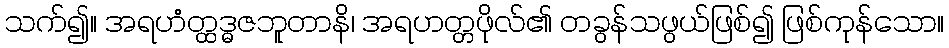
သက်၍။ အရဟံတ္ထဒ္ဓဇဘူတာနိ၊ အရဟတ္တဖိုလ်၏ တခွန်သဖွယ်ဖြစ်၍ ဖြစ်ကုန်သော။